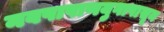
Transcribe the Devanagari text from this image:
नवपाषाणयुगापासून